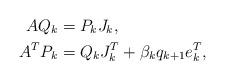
LaTeX: \begin{align*}AQ_k &= P_kJ_k, \\A^TP_k &= Q_kJ_k^T+\beta_kq_{k+1}e_k^T,\end{align*}